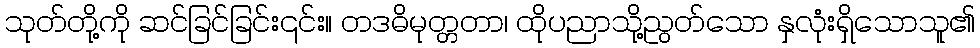
သုတ်တို့ကို ဆင်ခြင်ခြင်း၎င်း။ တဒဓိမုတ္တတာ၊ ထိုပညာသို့ညွတ်သော နှလုံးရှိသောသူ၏